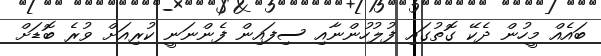
ބައެއް މީހުން ދެކޭ ގޮތުގައި ފުލުހުންނާއި ސިފައިން ފެންނަނީ ކުރިއަށް ވުރެ ބޮޑަށް